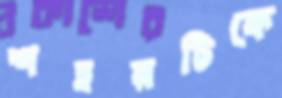
শহরটিকে